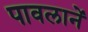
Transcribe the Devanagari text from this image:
पावलानें